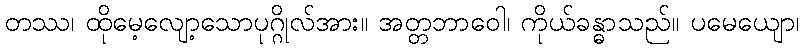
တဿ၊ ထိုမေ့လျော့သောပုဂ္ဂိုလ်အား။ အတ္တဘာဝေါ၊ ကိုယ်ခန္ဓာသည်။ ပမေယျော၊